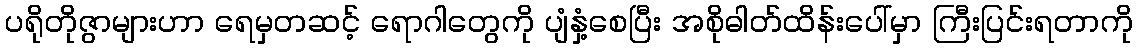
ပရိုတိုဇွာများဟာ ရေမှတဆင့် ရောဂါတွေကို ပျံနှံ့စေပြီး အစိုဓါတ်ထိန်းပေါ်မှာ ကြီးပြင်းရတာကို